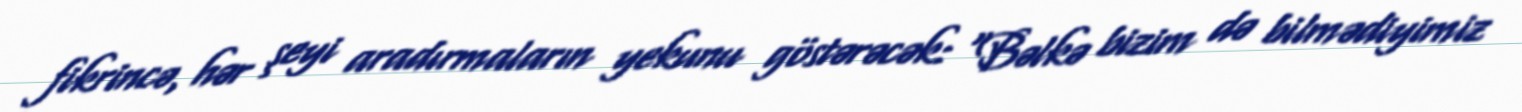
fikrincə, hər şeyi aradırmaların yekunu göstərəcək: "Bəlkə bizim də bilmədiyimiz